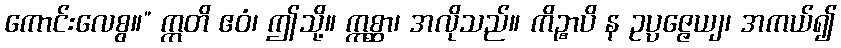
ကောင်းလေစွ။” ဣတိ ဧဝံ၊ ဤသို့။ ဣစ္ဆာ၊ အလိုသည်။ ကိဉ္စာပိ န ဥပ္ပဇ္ဇေယျ၊ အကယ်၍